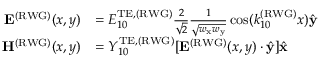
\begin{array} { r l } { \mathbf { E } ^ { \mathrm { ( R W G ) } } ( x , y ) } & { = E _ { 1 0 } ^ { \mathrm { T E } , \mathrm { ( R W G ) } } \frac { 2 } { \sqrt { 2 } } \frac { 1 } { \sqrt { w _ { \mathrm { x } } w _ { \mathrm { y } } } } \cos ( k _ { 1 0 } ^ { \mathrm { ( R W G ) } } x ) \hat { \mathbf { y } } } \\ { \mathbf { H } ^ { \mathrm { ( R W G ) } } ( x , y ) } & { = Y _ { 1 0 } ^ { \mathrm { T E } , \mathrm { ( R W G ) } } [ \mathbf { E } ^ { \mathrm { ( R W G ) } } ( x , y ) \cdot \hat { \mathbf { y } } ] \hat { \mathbf { x } } } \end{array}